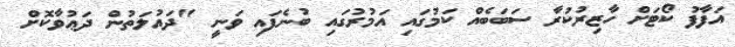
އަފާފު ކޯޓަށް ހާޒިރުކުރާ ސަބަބެއް ކަމުގައި އަމުރުގައި ބުނެފައި ވަނީ "ދައުލަތުން ދަޢުވާކޮށް